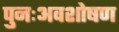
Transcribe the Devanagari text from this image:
पुनःअवशोषण